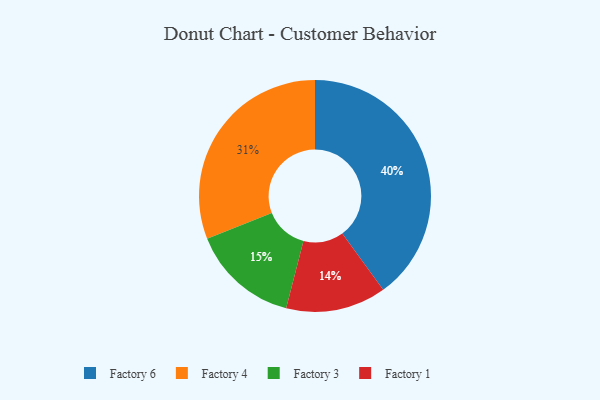
{"axis": {"x": "Category", "y": "Percentage"}, "legend": ["Factory 1", "Factory 3", "Factory 4", "Factory 6"], "data": [{"x": "Factory 1", "y": 14, "type": "Factory 1"}, {"x": "Factory 3", "y": 15, "type": "Factory 3"}, {"x": "Factory 6", "y": 40, "type": "Factory 6"}, {"x": "Factory 4", "y": 31, "type": "Factory 4"}]}